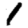
Digit: 1